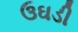
ઉઘડી